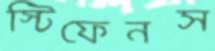
স্টিফেনস